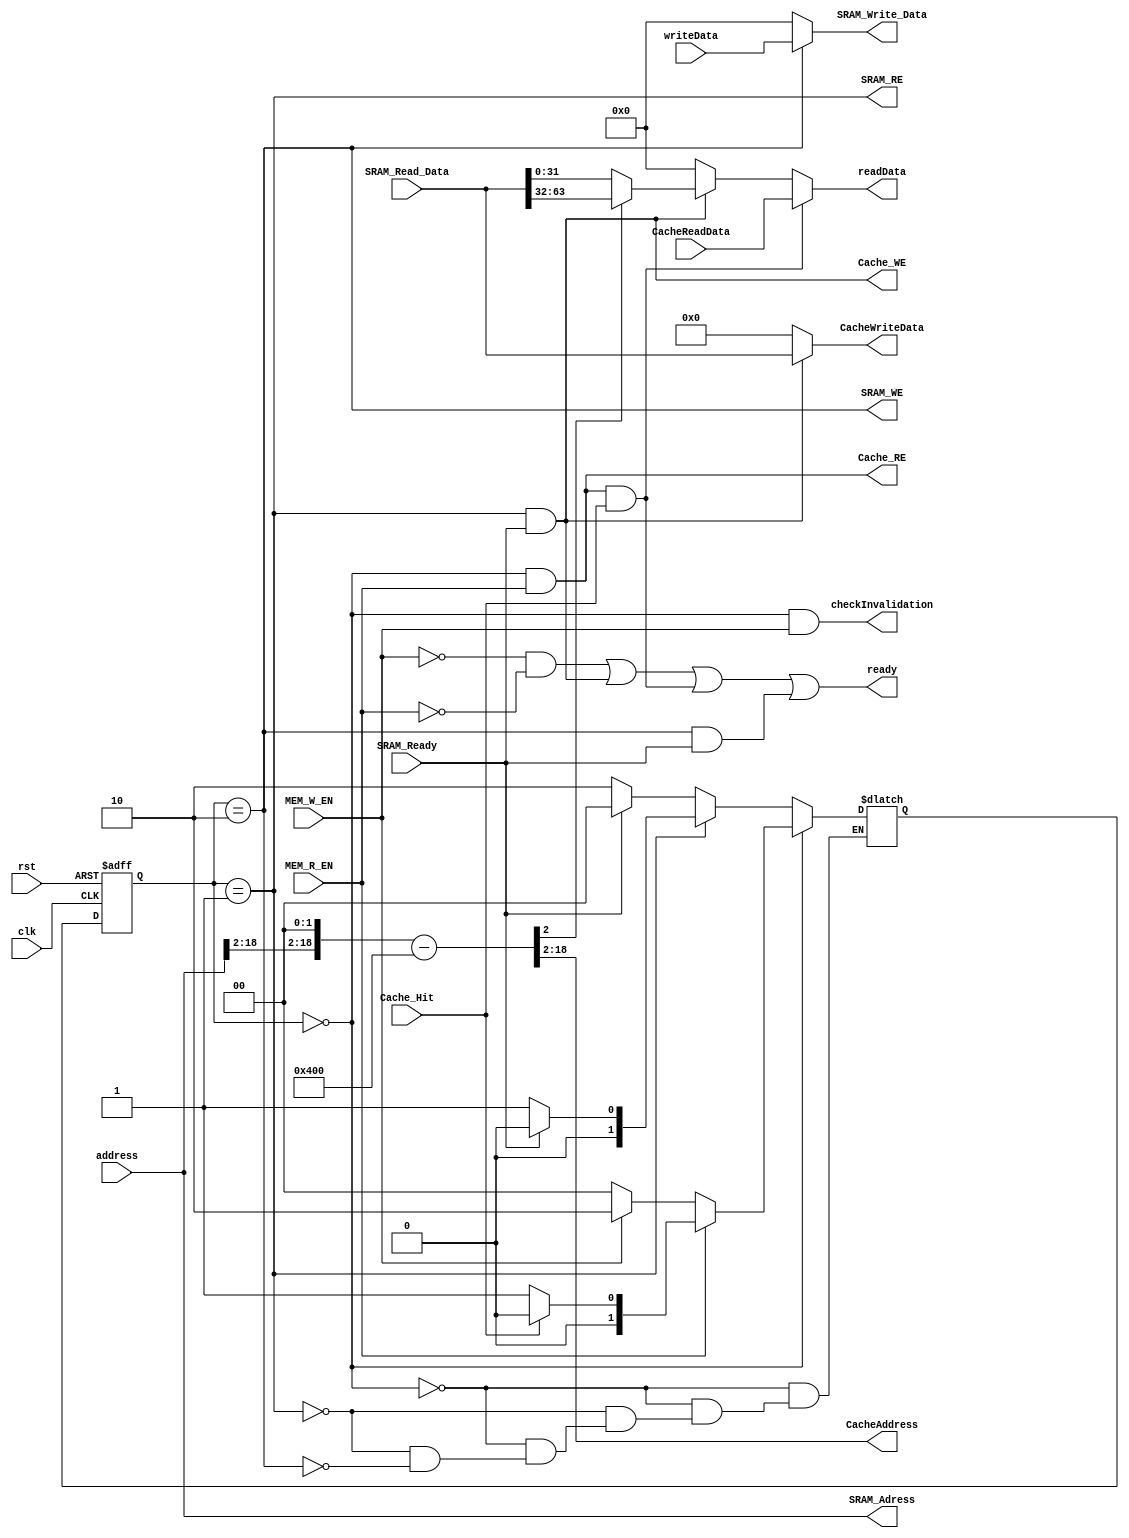
`timescale 1ns/1ns

module Cache_Controller (
    input              clk,
    input              rst,
    input              MEM_W_EN,
    input              MEM_R_EN,
    input              SRAM_Ready,
    input              Cache_Hit,
    input    [31:0]    address,
    input    [31:0]    writeData,
    input    [63:0]    SRAM_Read_Data,
    input    [31:0]    CacheReadData,
    
    output             ready,
    output             Cache_WE,
    output             Cache_RE,
    output             SRAM_WE,  
    output             SRAM_RE,
    output             checkInvalidation,
    output   [16:0]    CacheAddress, 
    output   [31:0]    SRAM_Adress, 
    output   [31:0]    SRAM_Write_Data,
    output   [31:0]    readData,
    output   [63:0]    CacheWriteData
);

   	wire isCacheReadSuccessful, isMissOperationDone, isInSramRead, isSramWriteDone;
    wire [31:0] generatedAddr;
    reg [1:0] PS, NS;
    parameter IdleOrCacheRead=2'b00, SramReadAndCacheWrite=2'b01, SramWrite=2'b10;

    assign generatedAddr = {address[31:2], 2'b00} - 32'd1024;
    assign CacheAddress = generatedAddr[18:2];
    assign isCacheReadSuccessful = (PS == IdleOrCacheRead) && MEM_R_EN && Cache_Hit;
    assign isMissOperationDone = (PS == SramReadAndCacheWrite) && SRAM_Ready;
    assign isSramWriteDone = (PS == SramWrite) && SRAM_Ready;
    assign isInSramRead = PS == SramReadAndCacheWrite;
    assign SRAM_Write_Data = SRAM_WE ? writeData : 32'b0;
    assign Cache_RE = (PS == IdleOrCacheRead) && MEM_R_EN;
    assign Cache_WE = isMissOperationDone;
    assign CacheWriteData = isMissOperationDone ? SRAM_Read_Data : 64'b0;
    assign SRAM_WE = PS == SramWrite;
    assign checkInvalidation = (PS == IdleOrCacheRead) && MEM_W_EN;
    assign SRAM_RE = isInSramRead;
    assign SRAM_Adress = address;
    assign ready = (~MEM_W_EN && ~MEM_R_EN) || isMissOperationDone || isCacheReadSuccessful || isSramWriteDone;
    assign readData = isCacheReadSuccessful ? CacheReadData : 
                      (isMissOperationDone ? (CacheAddress[0] ? SRAM_Read_Data[63:32] : SRAM_Read_Data[31:0]) : 32'b0);
                
    
    always @(posedge clk, posedge rst) begin
      if(rst) PS <= IdleOrCacheRead;
      else PS <= NS;
    end
    
    always @(*) begin
      if(PS == IdleOrCacheRead) begin
        if(MEM_R_EN) NS = Cache_Hit ? IdleOrCacheRead : SramReadAndCacheWrite;
        else if(MEM_W_EN) NS = SramWrite;
        else NS = IdleOrCacheRead;
      end
      else if(PS == SramReadAndCacheWrite) begin
        NS = SRAM_Ready ? IdleOrCacheRead : SramReadAndCacheWrite;
      end
      else if(PS == SramWrite) begin
        NS = SRAM_Ready ? IdleOrCacheRead : SramWrite;
      end
    end

endmodule